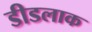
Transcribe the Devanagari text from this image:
डीडलाक